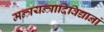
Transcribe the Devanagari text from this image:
मन्त्रयन्त्रादिविद्यानां